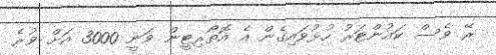
ރޭ ވެސް ކައުންޓަރު ހުޅުވައިގެން އެ އޮތޯރިޓީން ވަނީ 3000 އަށް ވުރެ